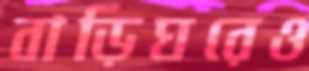
বাড়িঘরেও